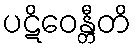
ပဋိဝေန္တီတိ